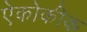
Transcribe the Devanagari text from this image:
ऐकोकीक